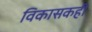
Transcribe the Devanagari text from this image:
विकासकही